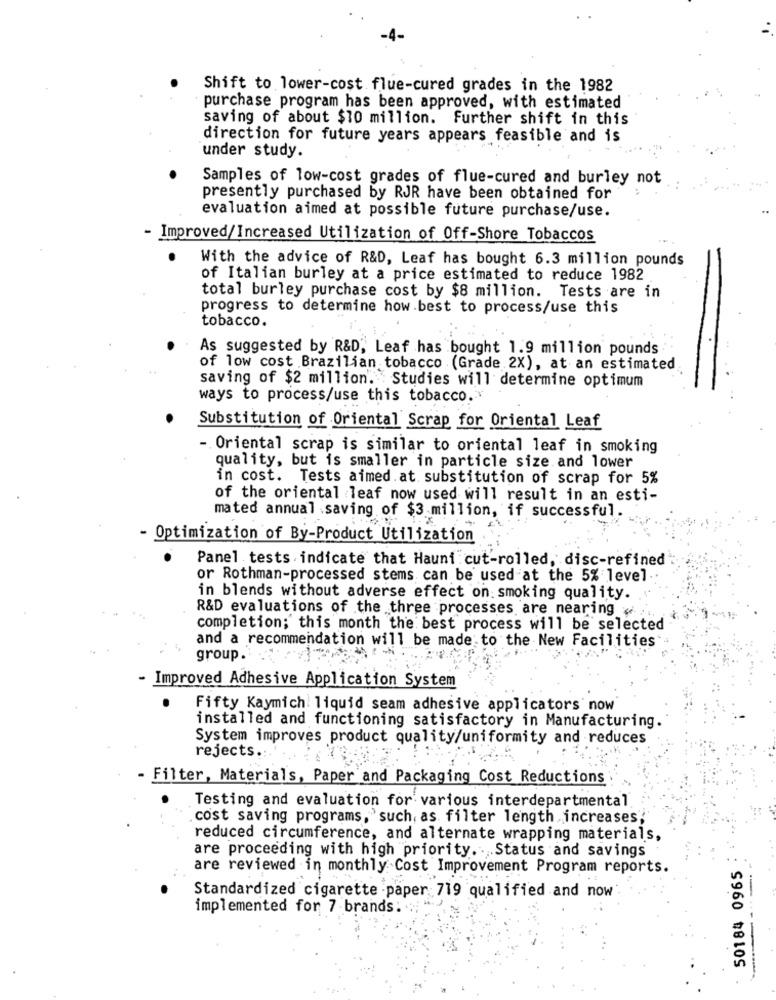
-4-
Shift to lower-cost flue-cured grades in the 1982
purchase program has been approved, with estimated
saving of about $10 million. Further shift in this
direction for future years appears feasible and is
under study.
Samples of low-cost grades of flue-cured and burley not
presently purchased by RJR have been obtained for
evaluation aimed at possible future purchase/use.
- Improved/Increased Utilization of Off-Shore Tobaccos
With the advice of R&D, Leaf has bought 6.3 million pounds
of Italian burley at a price estimated to reduce 1982
total burley purchase cost by $8 million. Tests are in
progress to determine how best to process/use this
tobacco.
As suggested by R&D, Leaf has bought 1.9 million pounds
of low cost Brazilian tobacco (Grade 2X), at an estimated
saving of $2 million'. Studies will determine optimum
ways to process/use this tobacco.
Substitution of Oriental Scrap for Oriental Leaf
-. Oriental scrap is similar to oriental leaf in smoking
quality, but is smaller in particle size and lower
in cost. Tests aimed at substitution of scrap for 5%
of the oriental leaf now used will result in an esti-
mated annual saving of $3 million, if successful.
- Optimization of By-Product Utilization
Panel tests indicate that Hauni cut-rolled, disc-refined
or Rothman-processed stems. can be used at the 5% level
in blends without adverse effect on: smoking quality.
R&D evaluations of the three processes are nearing
completion; this month the best process will be selected
and a recommendation will be made to the New Facilities
group.
- Improved Adhesive Application System
Fifty Kaymich liquid seam adhesive applicators now
installed and functioning satisfactory in Manufacturing.
System improves product quality/uniformity and reduces
rejects .:
Filter, Materials, Paper and Packaging Cost Reductions
Testing and evaluation for various interdepartmental
cost saving programs, such, as filter length increases"
reduced circumference, and alternate wrapping materials,
are proceeding with high priority. . Status and savings
50184 0965
are reviewed in monthly Cost Improvement Program reports.
Standardized cigarette paper 719 qualified and now
-
implemented for 7 brands